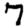
Digit: 7